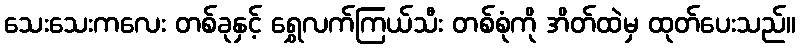
သေးသေးကလေး တစ်ခုနှင့် ရွှေလက်ကြယ်သီး တစ်စုံကို အိတ်ထဲမှ ထုတ်ပေးသည်။